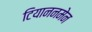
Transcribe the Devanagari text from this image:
टियाननमेन